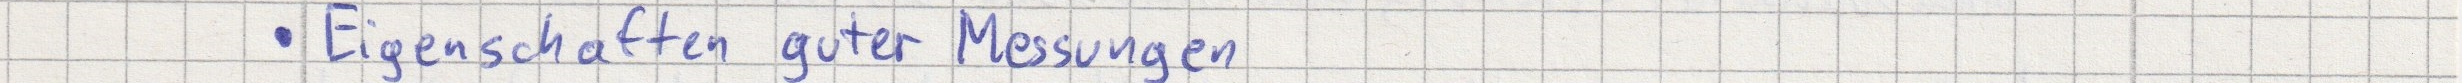
Eigenschaften guter Messungen